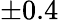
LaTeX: \pm 0.4